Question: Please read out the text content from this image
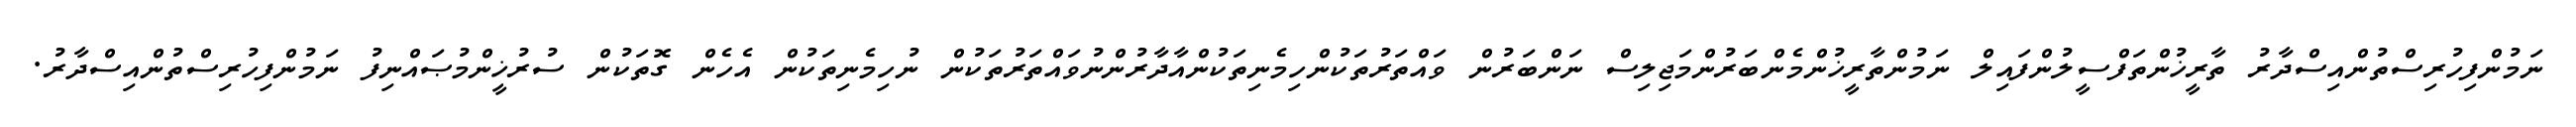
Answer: ނަމުންފިހުރިސްތުންއިސްދާރު ތާރީޚުންތަފްސީލުންފައިލް ނަމުންތާރީޚުންމެންބަރުންމަޖިލިސް ނަންބަރުން ވައްތަރުތަކުންހިމެނިތަކުންއާދާރުންނުވައްތަރުތަކުން ނުހިމެނިތަކުން އެހެން ގޮތަކުން ސުރުޚީންމުޞައްނިފު ނަމުންފިހުރިސްތުންއިސްދާރު.